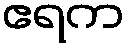
ဧရက